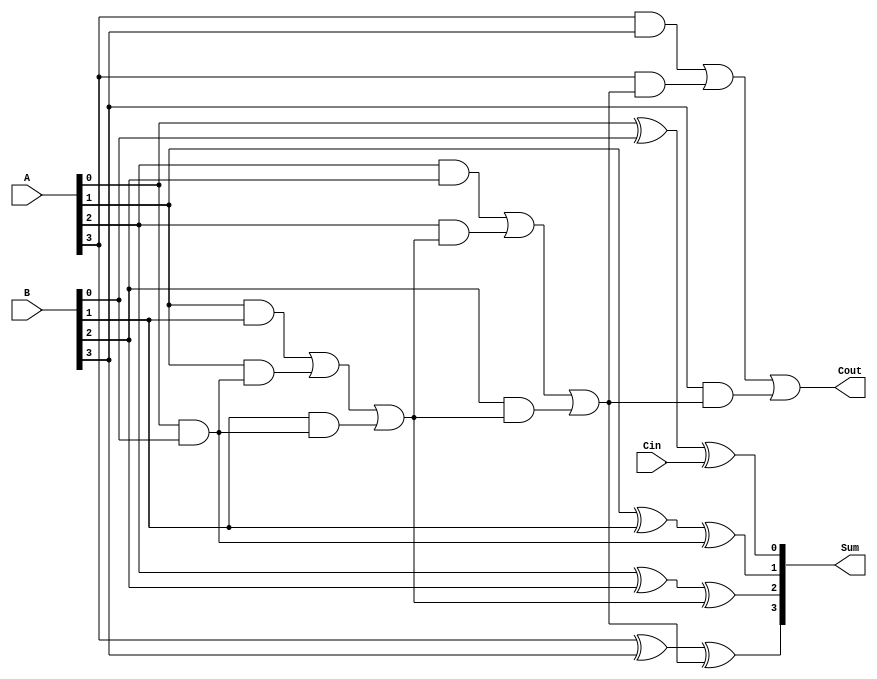
module CarryLookaheadAdder(
    input [3:0] A,
    input [3:0] B,
    input Cin,
    output [3:0] Sum,
    output Cout
);

// Definition of individual logic blocks for each bit position
// You can define additional logic blocks based on the number of bits in the adder
// Here, we are assuming a 4-bit adder

wire [3:0] Carry; // Carry signals for each bit position

assign Carry[0] = A[0] & B[0]; // Carry signal for the first bit position

assign Carry[1] = (A[1] & B[1]) | (A[1] & Carry[0]) | (B[1] & Carry[0]); // Carry signal for the second bit position

assign Carry[2] = (A[2] & B[2]) | (A[2] & Carry[1]) | (B[2] & Carry[1]); // Carry signal for the third bit position

assign Carry[3] = (A[3] & B[3]) | (A[3] & Carry[2]) | (B[3] & Carry[2]); // Carry signal for the fourth bit position

// Calculation of sum bits based on the generated carry signals

assign Sum[0] = A[0] ^ B[0] ^ Cin; // Sum bit for the first bit position

assign Sum[1] = A[1] ^ B[1] ^ Carry[0]; // Sum bit for the second bit position

assign Sum[2] = A[2] ^ B[2] ^ Carry[1]; // Sum bit for the third bit position

assign Sum[3] = A[3] ^ B[3] ^ Carry[2]; // Sum bit for the fourth bit position

// Final carry-out signal based on the carry signal for the last bit position

assign Cout = Carry[3];

endmodule